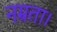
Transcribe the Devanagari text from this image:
नम्रता।